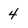
Character: 4